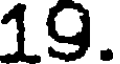
19.